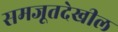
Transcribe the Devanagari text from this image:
समजूतदेखील